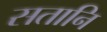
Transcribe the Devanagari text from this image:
सतानि